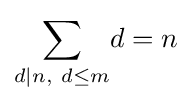
\sum _{d\mid n,\ d\leq m}\!d=n